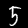
Digit: 5